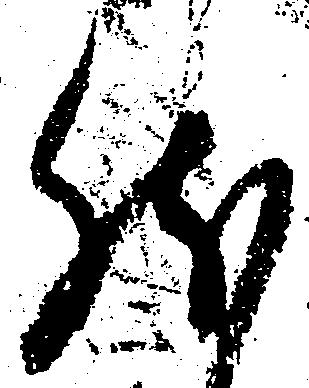
然